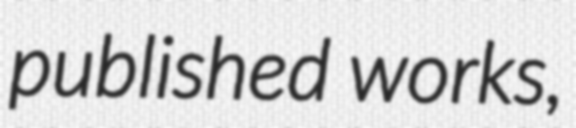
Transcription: published works,